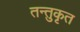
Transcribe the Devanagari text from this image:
तन्तुकृत